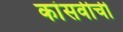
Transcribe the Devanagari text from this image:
कांसवीची